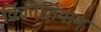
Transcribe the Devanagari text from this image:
किंतिलियान